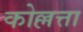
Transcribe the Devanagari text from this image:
कोल्लत्ता